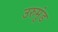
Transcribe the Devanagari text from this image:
उरुमुंड